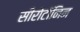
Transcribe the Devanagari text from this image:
सीरोटॉनिन